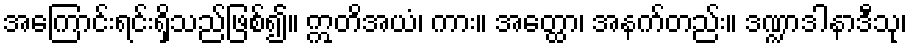
အကြောင်းရင်းရှိသည်ဖြစ်၍။ ဣတိအယံ၊ ကား။ အတ္ထော၊ အနက်တည်း။ ဒဏ္ဍာဒါနာဒီသု၊